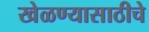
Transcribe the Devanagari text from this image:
खेळण्यासाठीचे